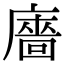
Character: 廧